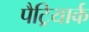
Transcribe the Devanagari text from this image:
पैट्रियार्क